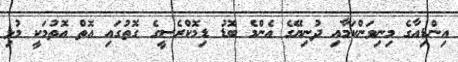
އިންޑިއާގެ މިނިވަންކަމާއި ދުނިޔޭގެ އެންމެ ބޮޑު ޑިމޮކްރެސީގެ ގޮތުގައި އޮތް އޮތުމަކީ މުޅި